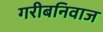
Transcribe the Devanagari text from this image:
गरीबनिवाज